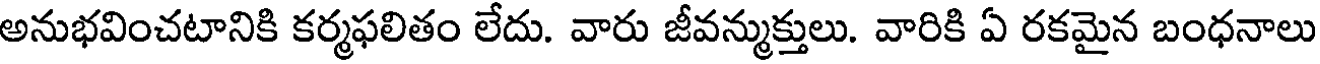
అనుభవించటానికి కర్మఫలితం లేదు. వారు జీవన్ముక్తులు. వారికి ఏ రకమైన బంధనాలు